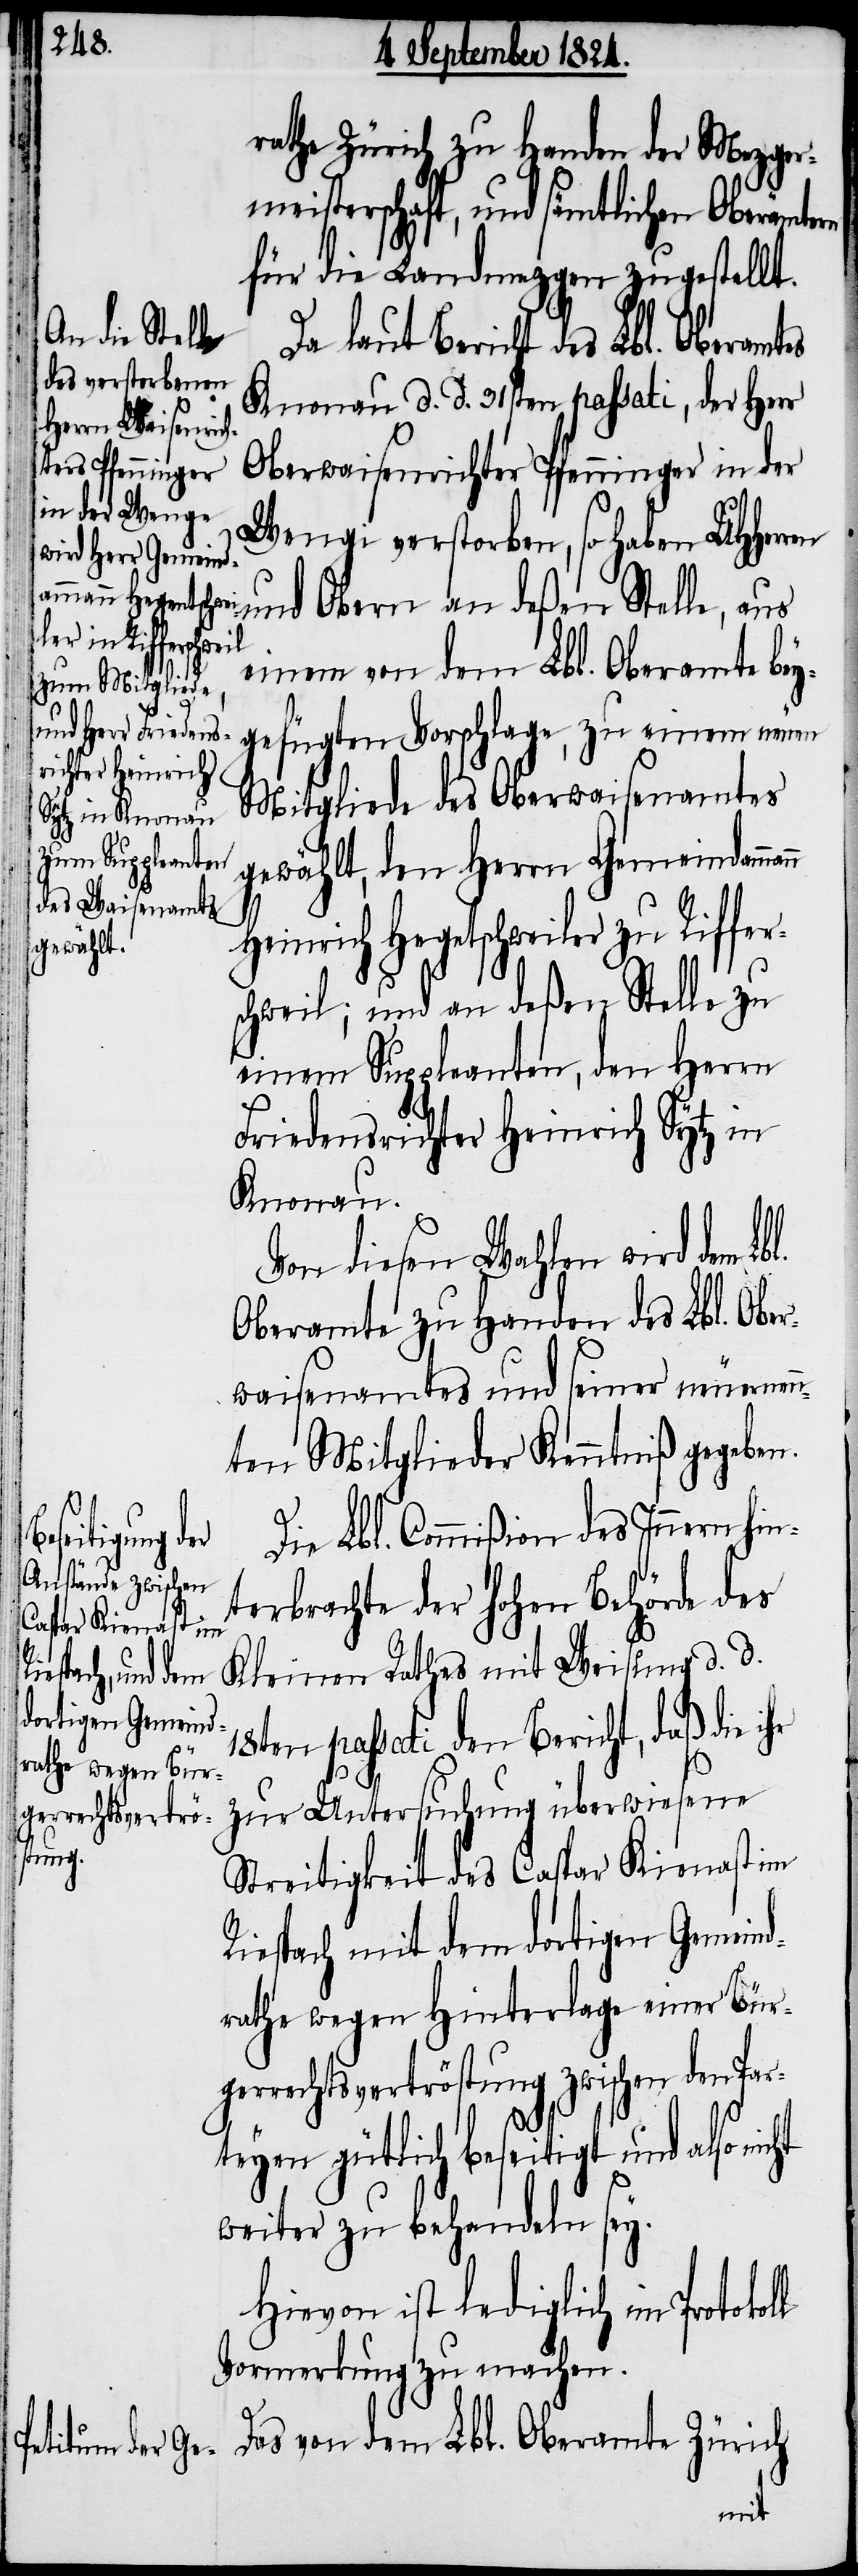
zu Riffer¬

rathe Zürich zu Handen der Mezger¬
meisterschaft, und sämtlichen Oberämte¬
für die Landmezger zugestellt.
Da laut Bericht des Lbl. Oberamt¬
Knonau d. d. 31sten passati, der Herr
Oberwaisenrichter Pfenninger in der
Wengi verstorben, so haben UHHerren
und Obern an deßen Stelle, aus
einem von dem Lbl. Oberamte bey¬
gefügten Vorschlage, zu einem neuen
Mitgliede des Oberwaisenamtes
gewählt, den Herrn Gemeindamma¬
Heinrich Hegetschweiler [sic]
schweil; und an deßen Stelle zu
einem Suppleanten, den Herrn
Friedensrichter Heinrich Sytz in
Knonau.
Von diesen Wahlen wird dem
Oberamte zu Handen des Lbl. Ober¬
waisenamtes und seiner neuernen¬
nten Mitglieder Kenntniß gegeben.
Die Lbl. Commißion des Innern hin¬
terbrachte der hohen Behörde des
Kleinen Rathes mit Weisung d. d.
18ten passati den Bericht, daß die ihr
zur Untersuchung überwiesene
Streitigkeit des Caspar Kienast im
Riespach mit dem dortigen Gemeind¬
rathe wegen Hinterlage einer Bürg¬
errechtsvertröstung zwischen den Pa¬
rteyen gütlich beseitigt und also n¬
weiter zu behandeln sey.
Hievon ist lediglich im Protoko¬
Vormerkung zu machen.
Das von dem Lbl. Oberamte Zürich
ll